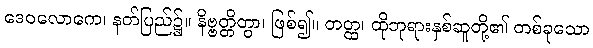
ဒေဝလောကေ၊ နတ်ပြည်၌။ နိဗ္ဗတ္တိတွာ၊ ဖြစ်၍။ တတ္ထ၊ ထိုဘုရားနှစ်ဆူတို့၏ တစ်ခုသော